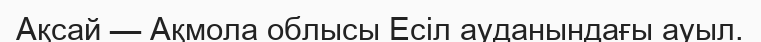
Ақсай — Ақмола облысы Есіл ауданындағы ауыл.